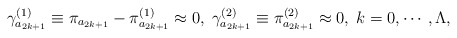
\begin{align*}\gamma _{a_{2k+1}}^{(1)}\equiv \pi _{a_{2k+1}}-\pi _{a_{2k+1}}^{(1)}\approx0,\;\gamma _{a_{2k+1}}^{(2)}\equiv \pi _{a_{2k+1}}^{(2)}\approx0,\;k=0,\cdots ,\Lambda , \end{align*}